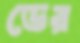
ডের